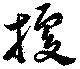
擾